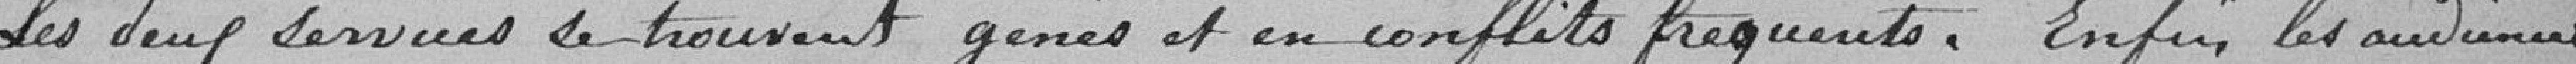
Les deux services se trouvent gênés et en conflits fréquents. Enfin les audiences